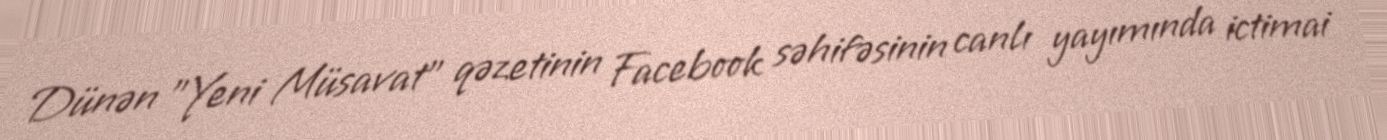
Dünən "Yeni Müsavat" qəzetinin Facebook səhifəsinin canlı yayımında ictimai